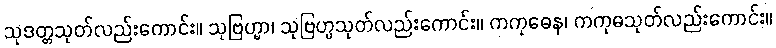
သုဒတ္တသုတ်လည်းကောင်း။ သုဗြဟ္မာ၊ သုဗြဟ္မသုတ်လည်းကောင်း။ ကကုဓေန၊ ကကုဓသုတ်လည်းကောင်း။